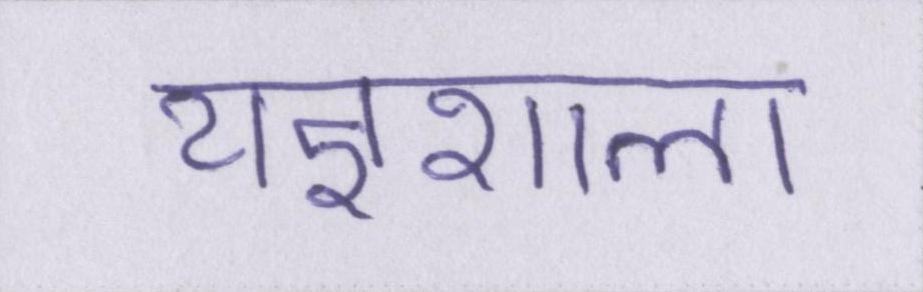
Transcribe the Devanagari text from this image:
यज्ञशाला